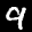
Label: 9